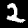
Label: 2